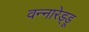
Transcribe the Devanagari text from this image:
वन्नारेड्डू